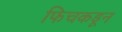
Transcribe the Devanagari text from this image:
फिचकडून